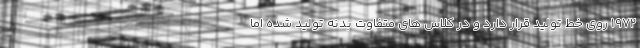
1972 روی خط تولید قرار دارد و در کلاس های متفاوت بدنه تولید شده اما